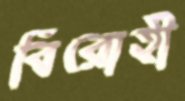
বিরোহী